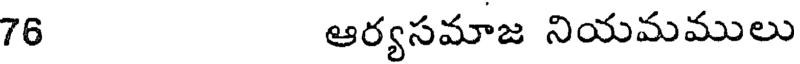
76 ఆర్యసమాజ నియమములు